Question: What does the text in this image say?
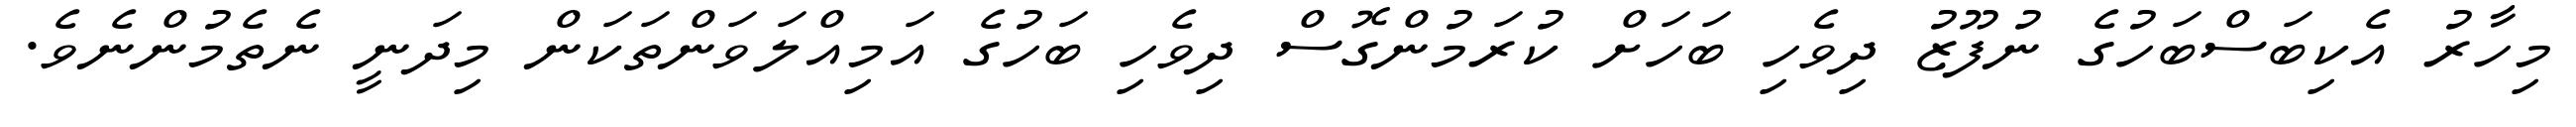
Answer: މިހާރު އެކިބަސްބަހުގެ ނުފޫޒު ދިވެހި ބަހަށް ކުރަމުންގޮސް ދިވެހި ބަހުގެ އަމިއްލަވަންތަކަން މިދަނީ ނެތެމުންނެވެ.